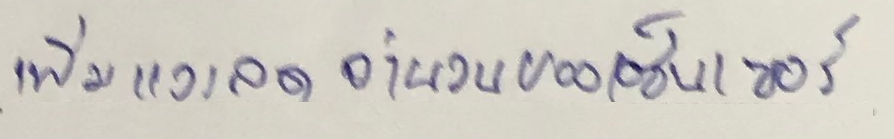
เพิ่มและลดจำนวนของเซ็นเซอร์